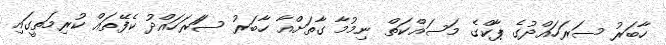
ހާބަރު ސަރަހައްދުގެ ޕާކްގެ މަސައްކަތް ނިމުމާ ގާތަށްއާ ހާބަރު ސަަރަހައްދު ކެފޭތައް ކުރިމަތީގައި